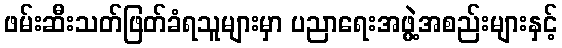
ဖမ်းဆီးသတ်ဖြတ်ခံရသူများမှာ ပညာရေးအဖွဲ့အစည်းများနှင့်